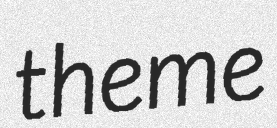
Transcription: theme